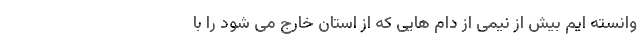
وانسته ایم بیش از نیمی از دام هایی که از استان خارج می شود را با